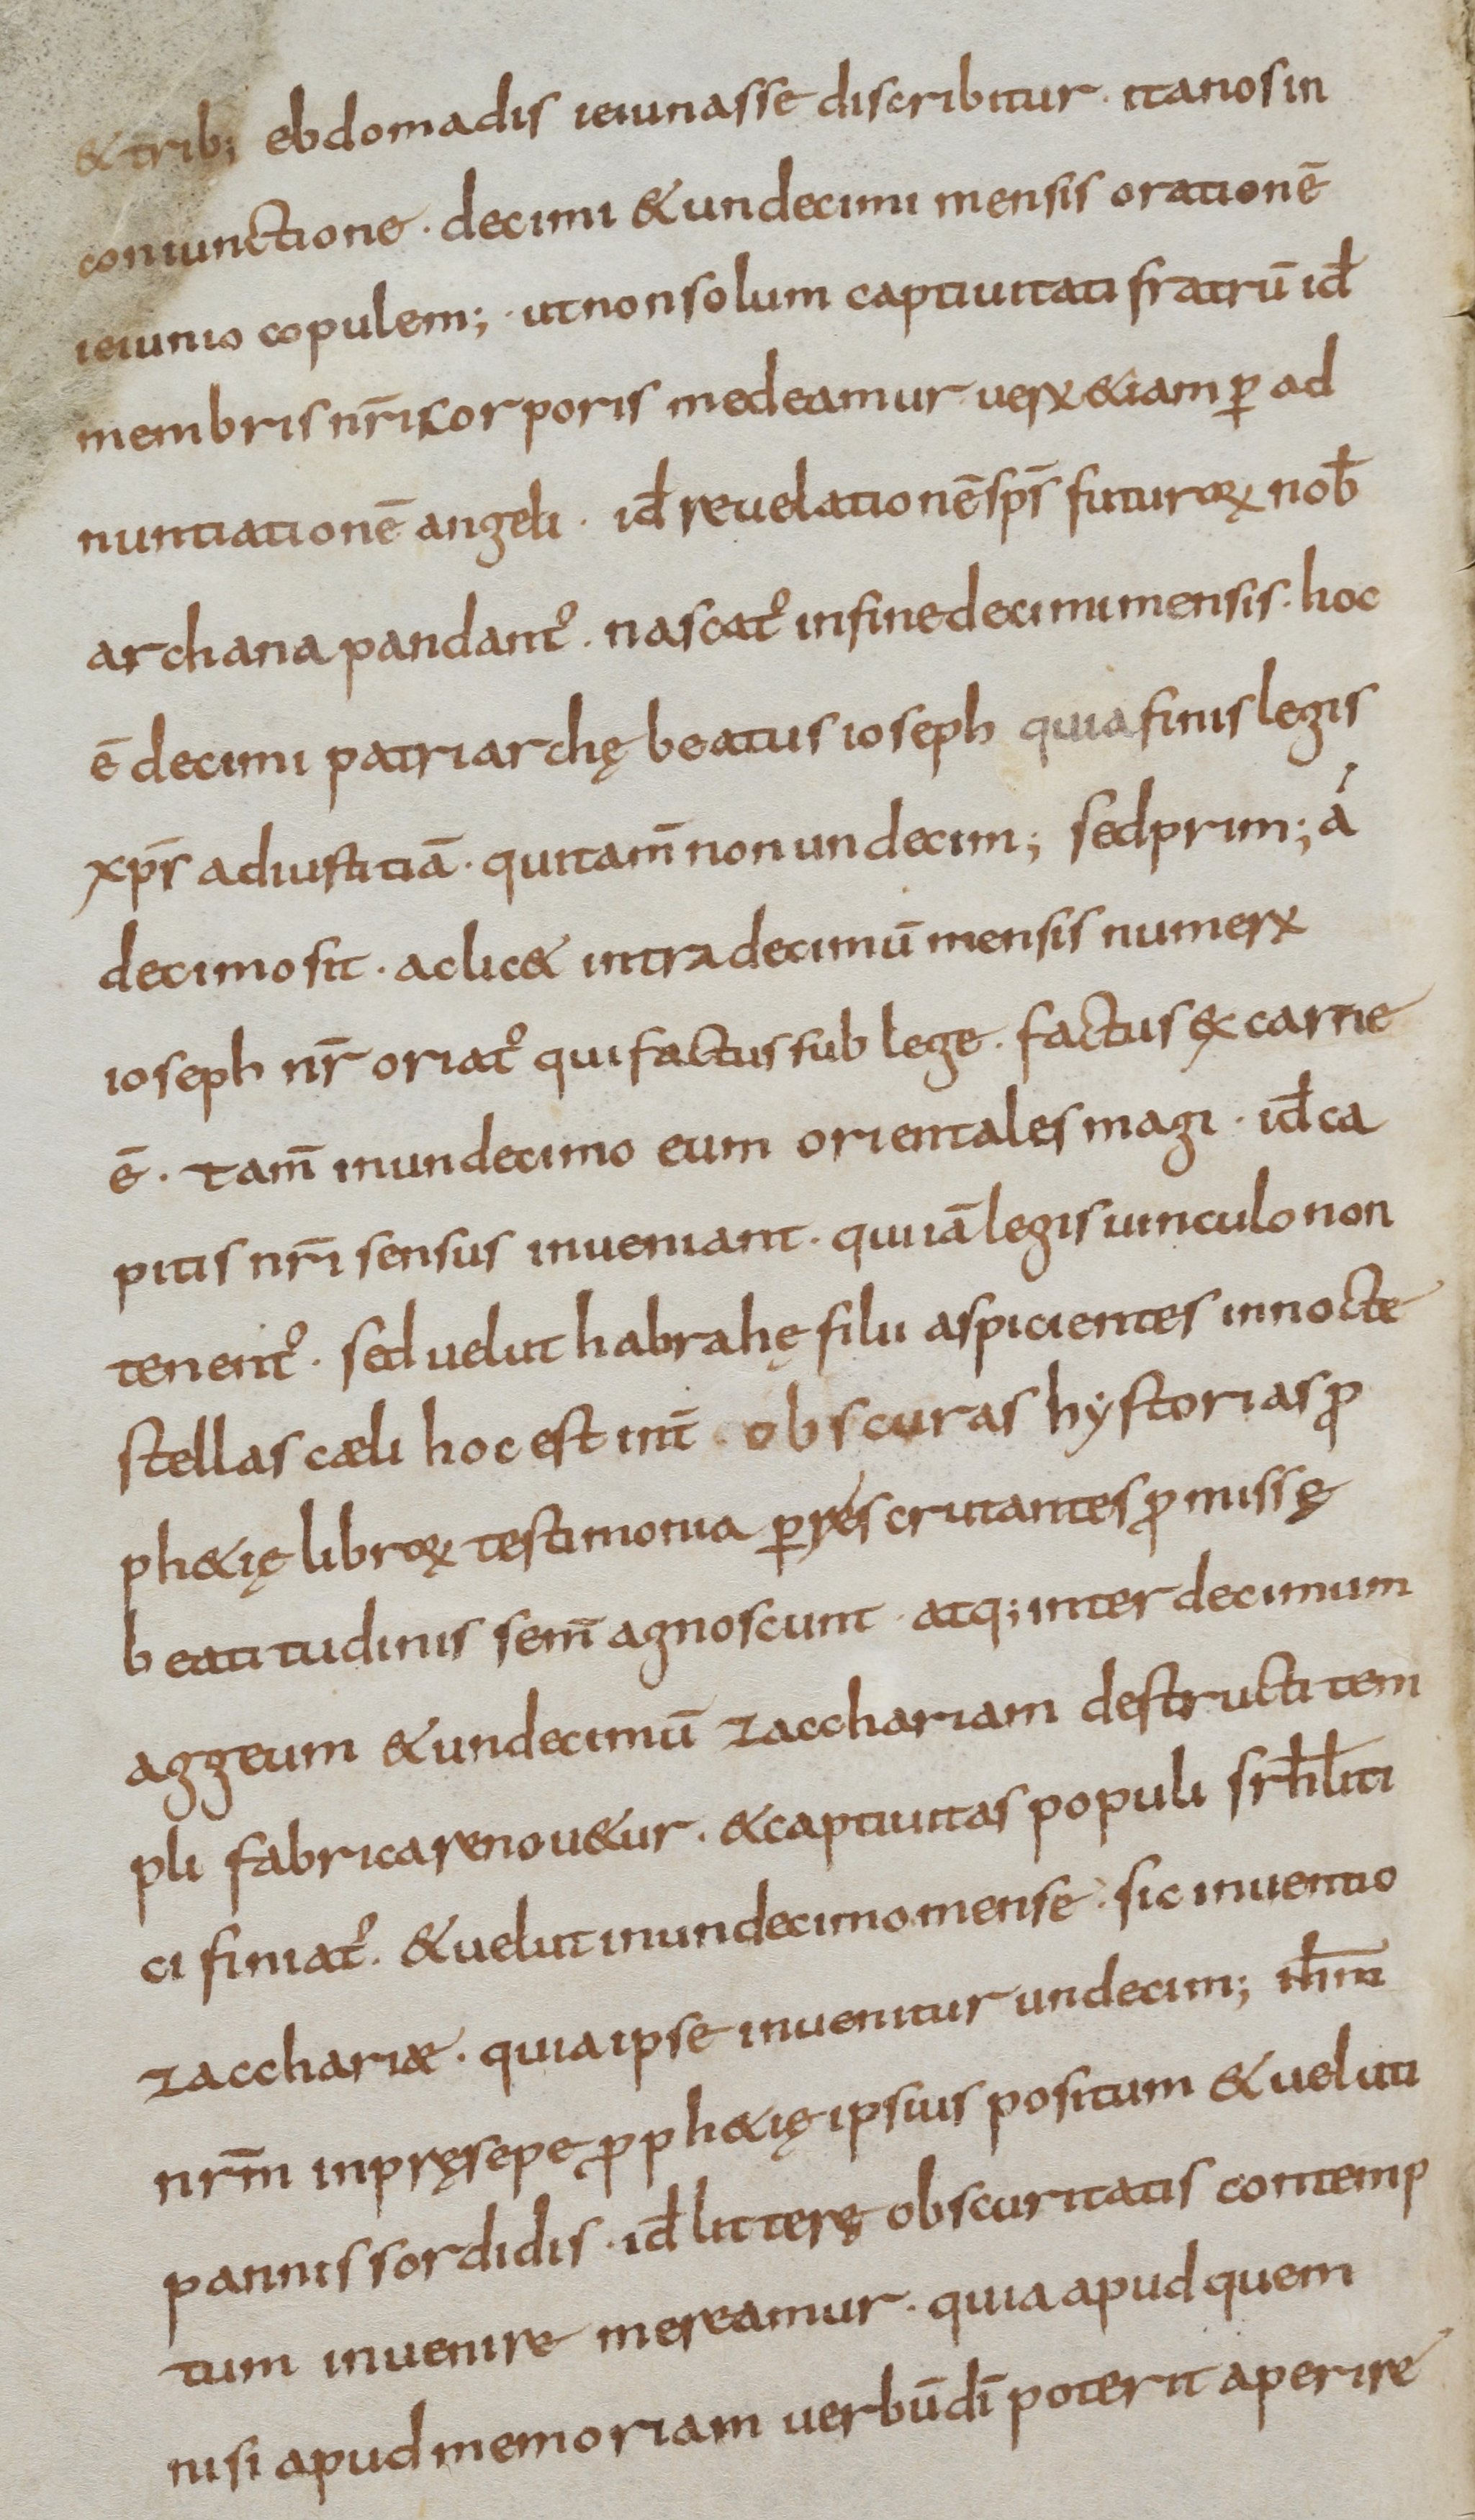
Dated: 800–899